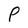
Character: P